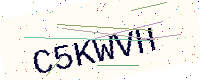
Text: C5KWVH